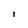
Character: I